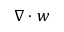
\nabla \cdot w